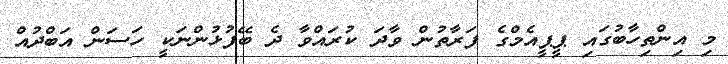
މި އިންތިހާބުގައި ޕީޕީއެމްގެ ފަރާތުން ވާދަ ކުރައްވާ ދެ ބޭފުޅުންނަކީ ހަސަން އަބްދުއް